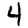
Digit: 4